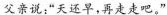
父亲说：”天还早，再走走吧。”